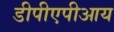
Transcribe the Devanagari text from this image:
डीपीएपीआय